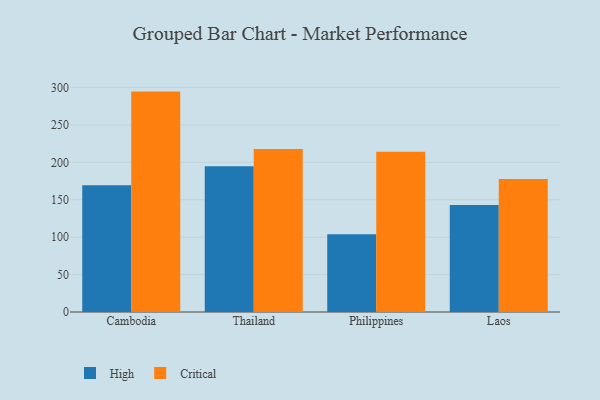
{"axis": {"x": "Country", "y": "Operating Costs (USD K)"}, "legend": ["Critical", "High"], "data": [{"x": "Cambodia", "y": 169.3, "type": "High"}, {"x": "Cambodia", "y": 294.6, "type": "Critical"}, {"x": "Thailand", "y": 194.9, "type": "High"}, {"x": "Thailand", "y": 217.8, "type": "Critical"}, {"x": "Philippines", "y": 104.0, "type": "High"}, {"x": "Philippines", "y": 214.2, "type": "Critical"}, {"x": "Laos", "y": 142.9, "type": "High"}, {"x": "Laos", "y": 177.9, "type": "Critical"}]}